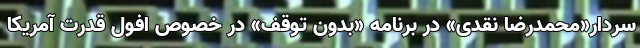
سردار«محمدرضا نقدی» در برنامه «بدون توقف» در خصوص افول قدرت آمریکا